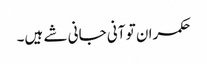
حکمران تو آنی جانی شے ہیں۔